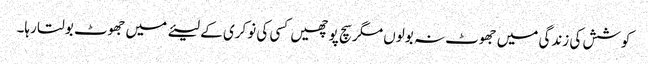
کوشش کی زندگی میں جھوٹ نہ بولوں مگر سچ پوچھیں کسی کی نوکری کے لیئے میں جھوٹ بولتا رہا۔